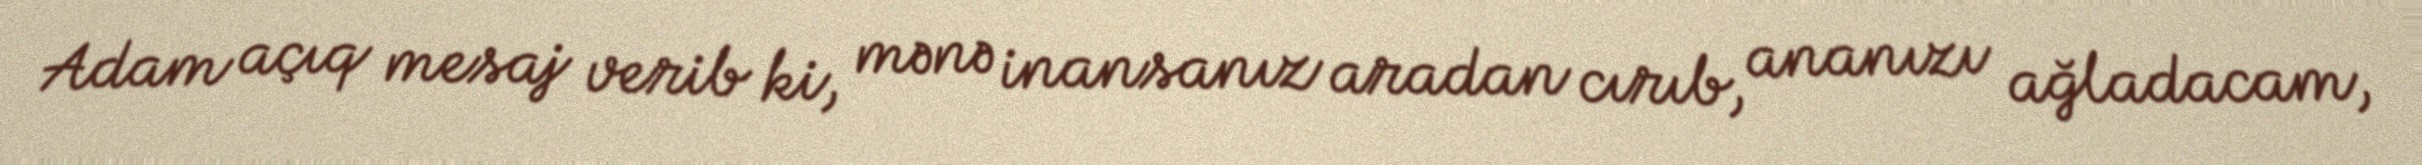
Adam açıq mesaj verib ki, mənə inansanız aradan cırıb, ananızı ağladacam,